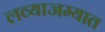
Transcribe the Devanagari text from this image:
लव्याजम्यात